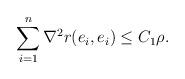
LaTeX: \begin{align*} \sum_{i=1}^n \nabla ^2 r(e_i, e_i) \le C_1\rho.\end{align*}